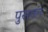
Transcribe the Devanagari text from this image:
पुसवन